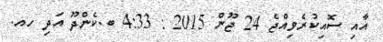
އާއި ސޮއިކުރެވިއްޖެ 24 ޖޫން 2015 : 4:33 ބ.ކެންދޫ އަދި ހއ.